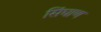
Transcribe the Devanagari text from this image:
सिंघाण